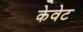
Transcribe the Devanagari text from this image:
केवेट